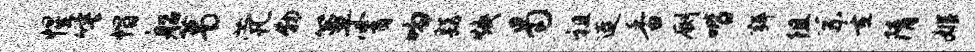
惺唾帽船葛茕物簟霄吻繇焕曷祖连香劂喈弭阻系重隋姬